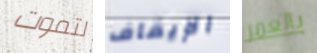
لتموت الإيقاف بالعمر